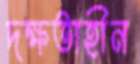
দক্ষতাহীন